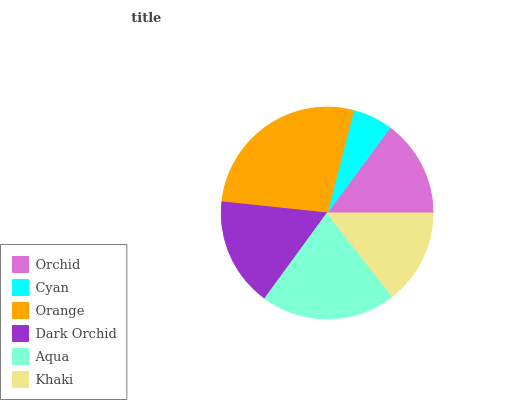
| Orchid | Cyan | Orange | Dark Orchid | Aqua | Khaki |
 | --- | --- | --- | --- | --- | --- |
 | 14.9% | 6.12% | 27.4% | 16.6% | 20.6% | 14.5% |